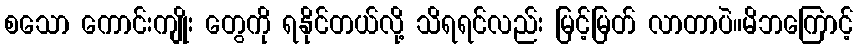
စသော ကောင်းကျိုး တွေကို ရနိုင်တယ်လို့ သိရရင်လည်း မြင့်မြတ် လာတာပဲ။မိဘကြောင့်